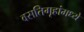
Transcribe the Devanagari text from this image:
वसतिगृहांमध्ये